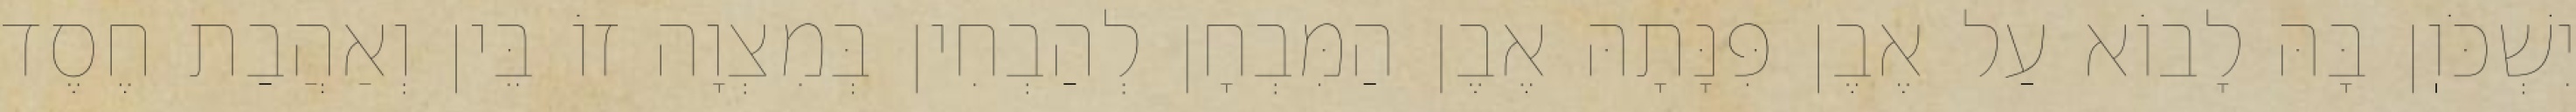
יִשְׁכֹּוֽן בָּהּ לָבוֹא עַל אֶבֶן פִּנָּתָהּ אֶבֶן הַמִּבְחָן לְהַבְחִין בְּמִצְוָה זוֹ בֵּין וְאַהֲבַת חֶסֶד